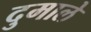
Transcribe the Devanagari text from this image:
दुमाले